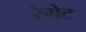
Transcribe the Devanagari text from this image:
रेगेट